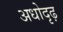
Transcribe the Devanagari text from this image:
अधोदृढ़